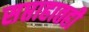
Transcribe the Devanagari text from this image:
सप्ताहातही